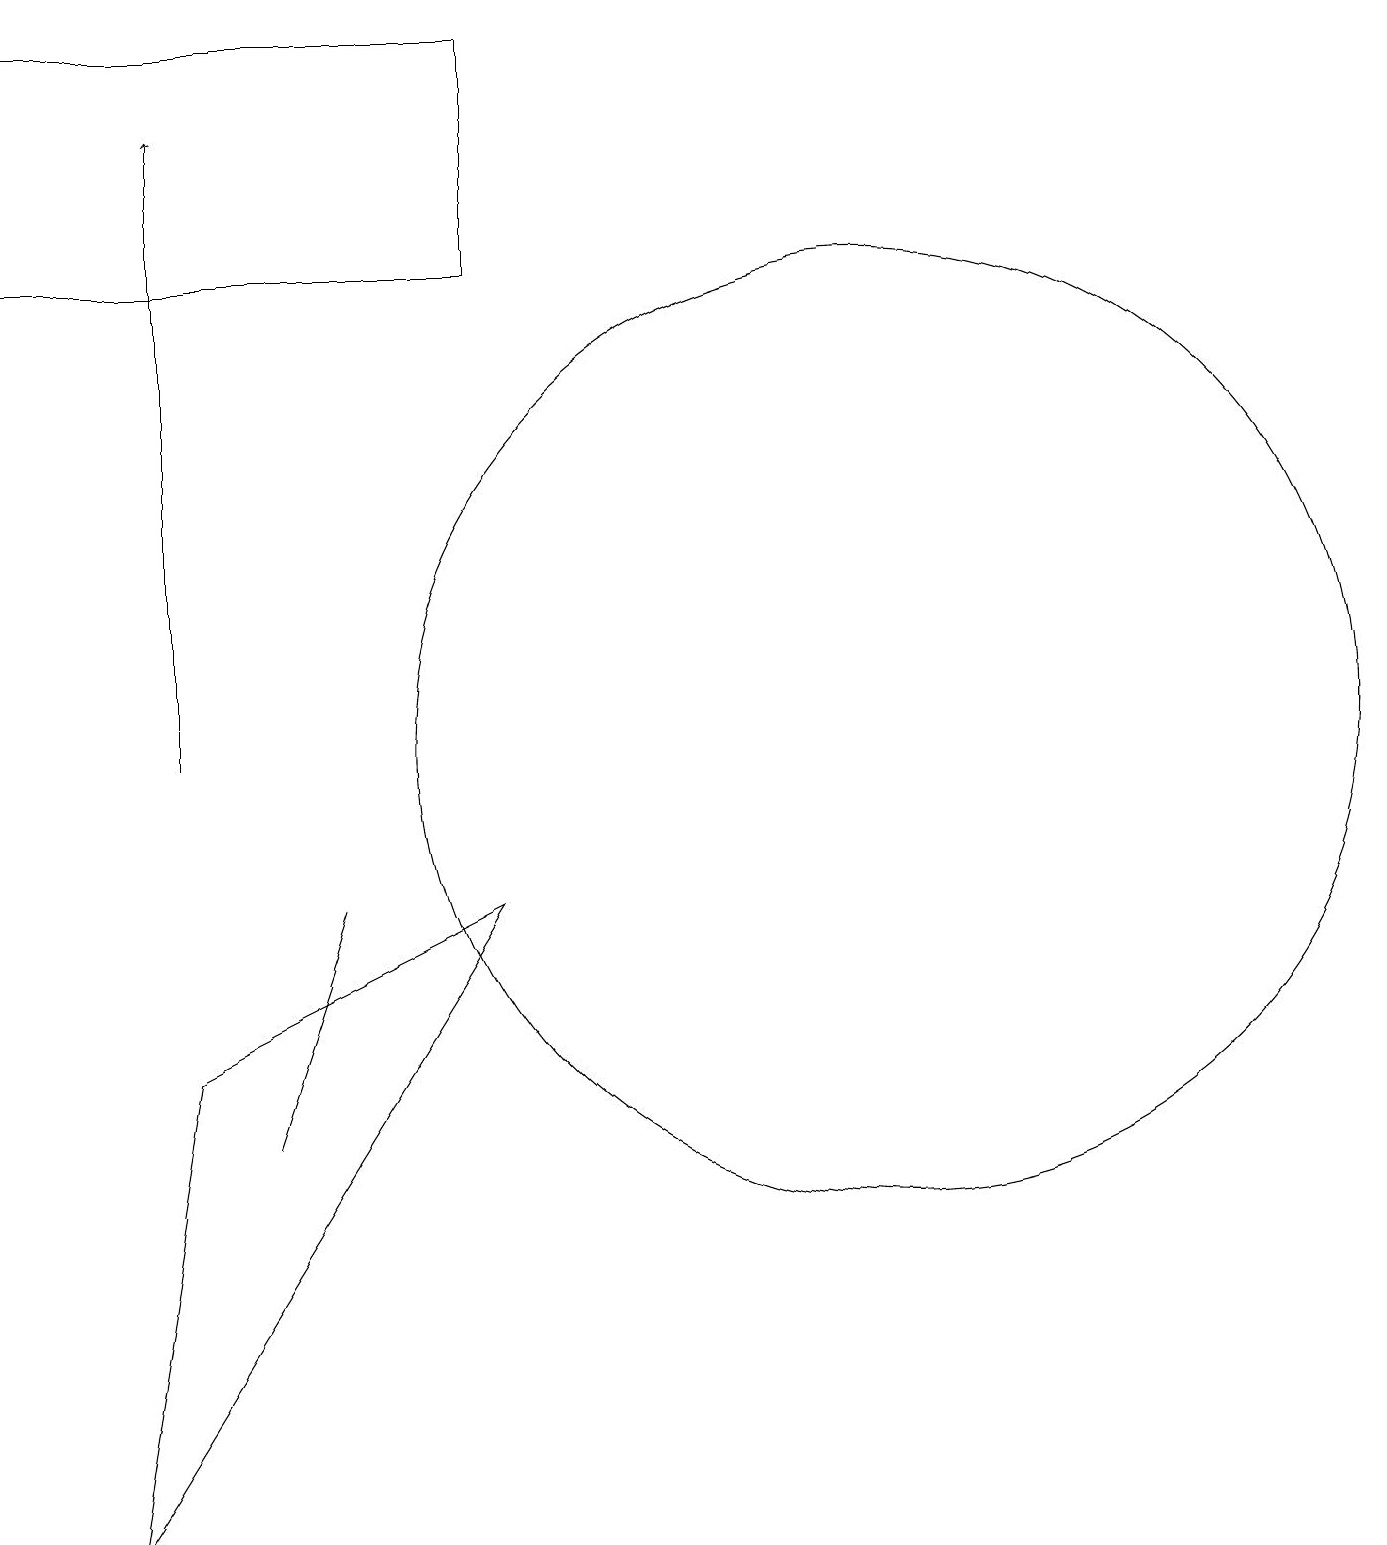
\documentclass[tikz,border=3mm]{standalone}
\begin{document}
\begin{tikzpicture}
\draw (11,10) circle (6);
\draw (6,8) -- (2,6) -- (1,0) -- cycle;
\draw[->] (2,10) -- (2,18);
\draw (6,19) rectangle (0,16);
\draw (3,5) -- (3,5) -- (4,8) -- cycle;
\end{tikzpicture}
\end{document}